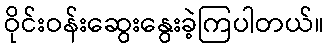
ဝိုင်းဝန်းဆွေးနွေးခဲ့ကြပါတယ်။